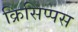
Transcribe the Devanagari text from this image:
क्रिसिप्पस